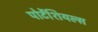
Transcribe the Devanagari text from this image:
पोटेंशियल्स